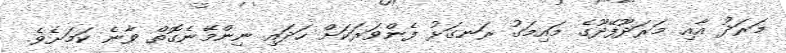
މަރަދު އާއި މަރަދޫފޭދޫގެ މައިމަގު ރަނގަޅު ފެންވަރަކަށް ހަދައި ނިންމޭނެގޮތް ވާނެ ކަމަށެވެ.